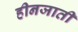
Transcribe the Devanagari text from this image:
हीनजाती